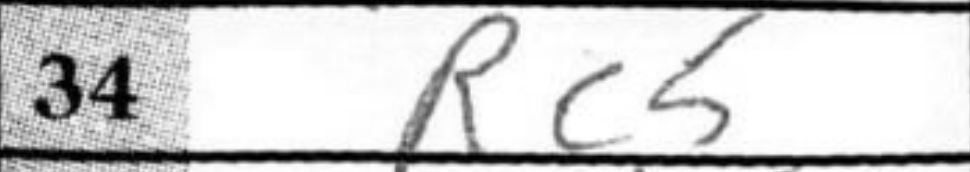
Transcription: Rc5